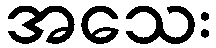
အသေး